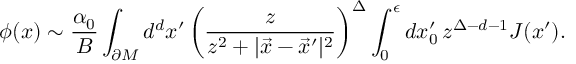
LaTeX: \phi ( x ) \sim { \frac { \alpha _ { 0 } } { B } } \int _ { \partial M } d ^ { d } x ^ { \prime } \left( \frac { z } { z ^ { 2 } + | \vec { x } - \vec { x } ^ { \prime } | ^ { 2 } } \right) ^ { \Delta } \int _ { 0 } ^ { \epsilon } d x _ { 0 } ^ { \prime } \, { z } ^ { \Delta - d - 1 } J ( x ^ { \prime } ) .